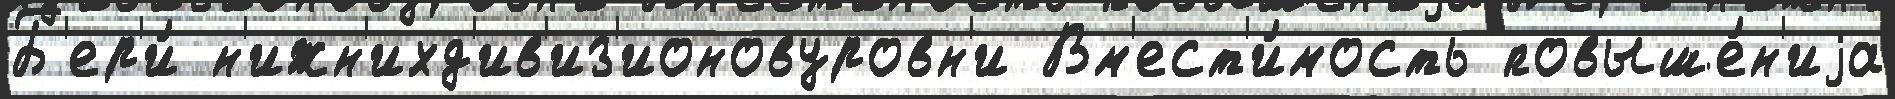
Б'ер'и́ н'ижн'ихд'ив'из'ионовуровн'и Вм'ест'и́мость повыше́н'иjа